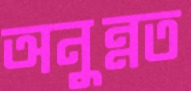
অনুন্নত